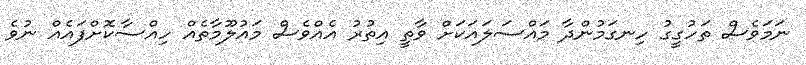
ނަމަވެސް ތަހުގީގު ހިނގަމުންދާ މައްސަލައަކަށް ވާތީ އިތުރު އެއްވެސް މައުލޫމާތެއް ހިއްސާކޮށްފައެއް ނުވެ